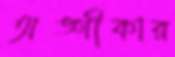
অঙ্গীকার